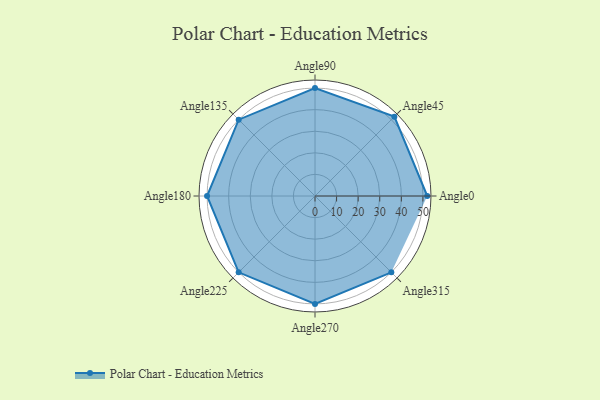
{"axis": {"x": "Angle", "y": "Radius"}, "legend": [""], "data": [{"x": "Angle0", "y": 52.0, "type": ""}, {"x": "Angle45", "y": 52.0, "type": ""}, {"x": "Angle90", "y": 50, "type": ""}, {"x": "Angle135", "y": 50, "type": ""}, {"x": "Angle180", "y": 50.0, "type": ""}, {"x": "Angle225", "y": 50, "type": ""}, {"x": "Angle270", "y": 50, "type": ""}, {"x": "Angle315", "y": 50, "type": ""}]}